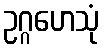
ဥဂ္ဂဟေသုံ